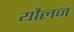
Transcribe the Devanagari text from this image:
यौलन